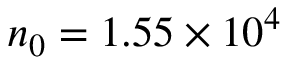
n _ { 0 } = 1 . 5 5 \times 1 0 ^ { 4 }